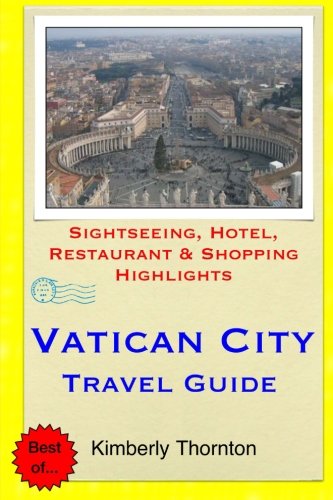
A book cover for Vatican City Travel Guide: Sightseeing, Hotel, Restaurant & Shopping Highlights; Kimberly Thornton; Travel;